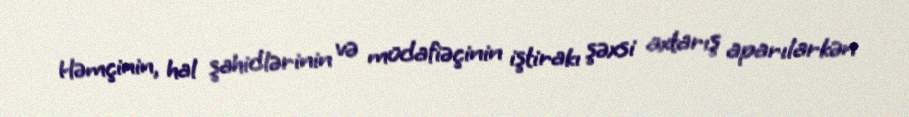
Həmçinin, hal şahidlərinin və müdafiəçinin iştirakı şəxsi axtarış aparılarkən